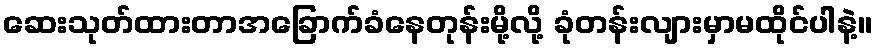
ဆေးသုတ်ထားတာအခြောက်ခံနေတုန်းမို့လို့ ခုံတန်းလျားမှာမထိုင်ပါနဲ့။